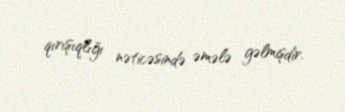
qırışıqlığı nəticəsində əmələ gəlmişdir.